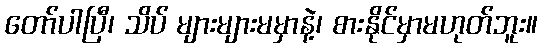
တော်ပါပြီ၊ သိပ် များများမမှာနဲ့၊ စားနိုင်မှာမဟုတ်ဘူး။